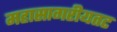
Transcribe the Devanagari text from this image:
महासागरीयतट